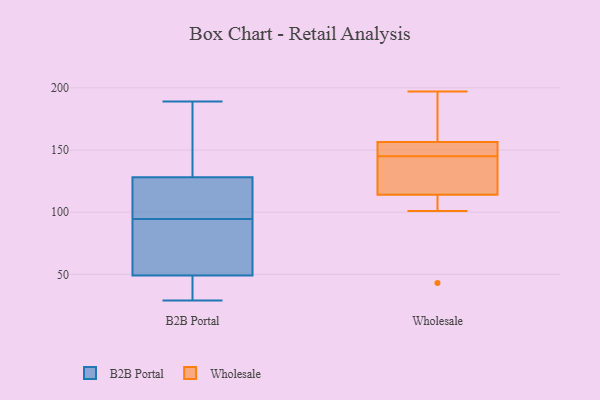
{"axis": {"x": "Latency (ms)", "y": "Value"}, "legend": ["B2B Portal", "Wholesale"], "data": [{"x": "", "y": 112, "type": "B2B Portal"}, {"x": "", "y": 53, "type": "B2B Portal"}, {"x": "", "y": 131, "type": "B2B Portal"}, {"x": "", "y": 29, "type": "B2B Portal"}, {"x": "", "y": 36, "type": "B2B Portal"}, {"x": "", "y": 107, "type": "B2B Portal"}, {"x": "", "y": 33, "type": "B2B Portal"}, {"x": "", "y": 99, "type": "B2B Portal"}, {"x": "", "y": 189, "type": "B2B Portal"}, {"x": "", "y": 90, "type": "B2B Portal"}, {"x": "", "y": 88, "type": "B2B Portal"}, {"x": "", "y": 128, "type": "B2B Portal"}, {"x": "", "y": 49, "type": "B2B Portal"}, {"x": "", "y": 184, "type": "B2B Portal"}, {"x": "", "y": 183, "type": "Wholesale"}, {"x": "", "y": 159, "type": "Wholesale"}, {"x": "", "y": 134, "type": "Wholesale"}, {"x": "", "y": 197, "type": "Wholesale"}, {"x": "", "y": 101, "type": "Wholesale"}, {"x": "", "y": 154, "type": "Wholesale"}, {"x": "", "y": 113, "type": "Wholesale"}, {"x": "", "y": 153, "type": "Wholesale"}, {"x": "", "y": 137, "type": "Wholesale"}, {"x": "", "y": 43, "type": "Wholesale"}, {"x": "", "y": 115, "type": "Wholesale"}, {"x": "", "y": 153, "type": "Wholesale"}]}